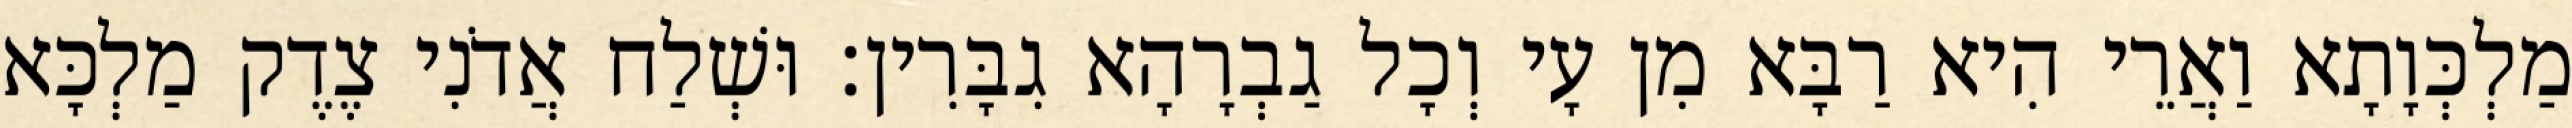
מַלְכְּוָתָא וַאֲרֵי הִיא רַבָּא מִן עָי וְכָל גַבְרָהָא גִבָּרִין׃ וּשְׁלַח אֲדֹנִי צֶדֶק מַלְכָּא